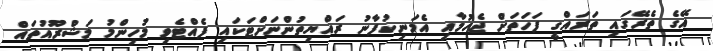
އޭގެ ތެރޭގައި ތަރައްގީ ފަހަތަށް ޖެހުމާއި އެމަނިކުފާނު ރައްޔިތުންނަށްޓަކައި ފެއްޓެވި މުހިންމު މަޝްރޫއުތައް